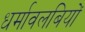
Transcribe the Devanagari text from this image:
धर्मावलबियों